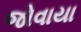
જોવાયા